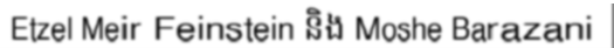
Etzel Meir Feinstein និង Moshe Barazani